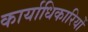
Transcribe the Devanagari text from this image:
कार्याधिकारियों